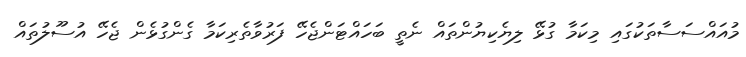
މުއައްސަސާތަކުގައި މިކަމާ ގުޅޭ ލިޔެކިޔުންތައް ނެތީ ބަހައްޓަންޖެހޭ ފަރުވާތެރިކަމާ ގެންގުޅެން ޖެހޭ އުސޫލުތައް